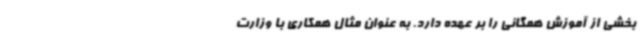
بخشی از آموزش همگانی را بر عهده دارد. به عنوان مثال همکاری با وزارت